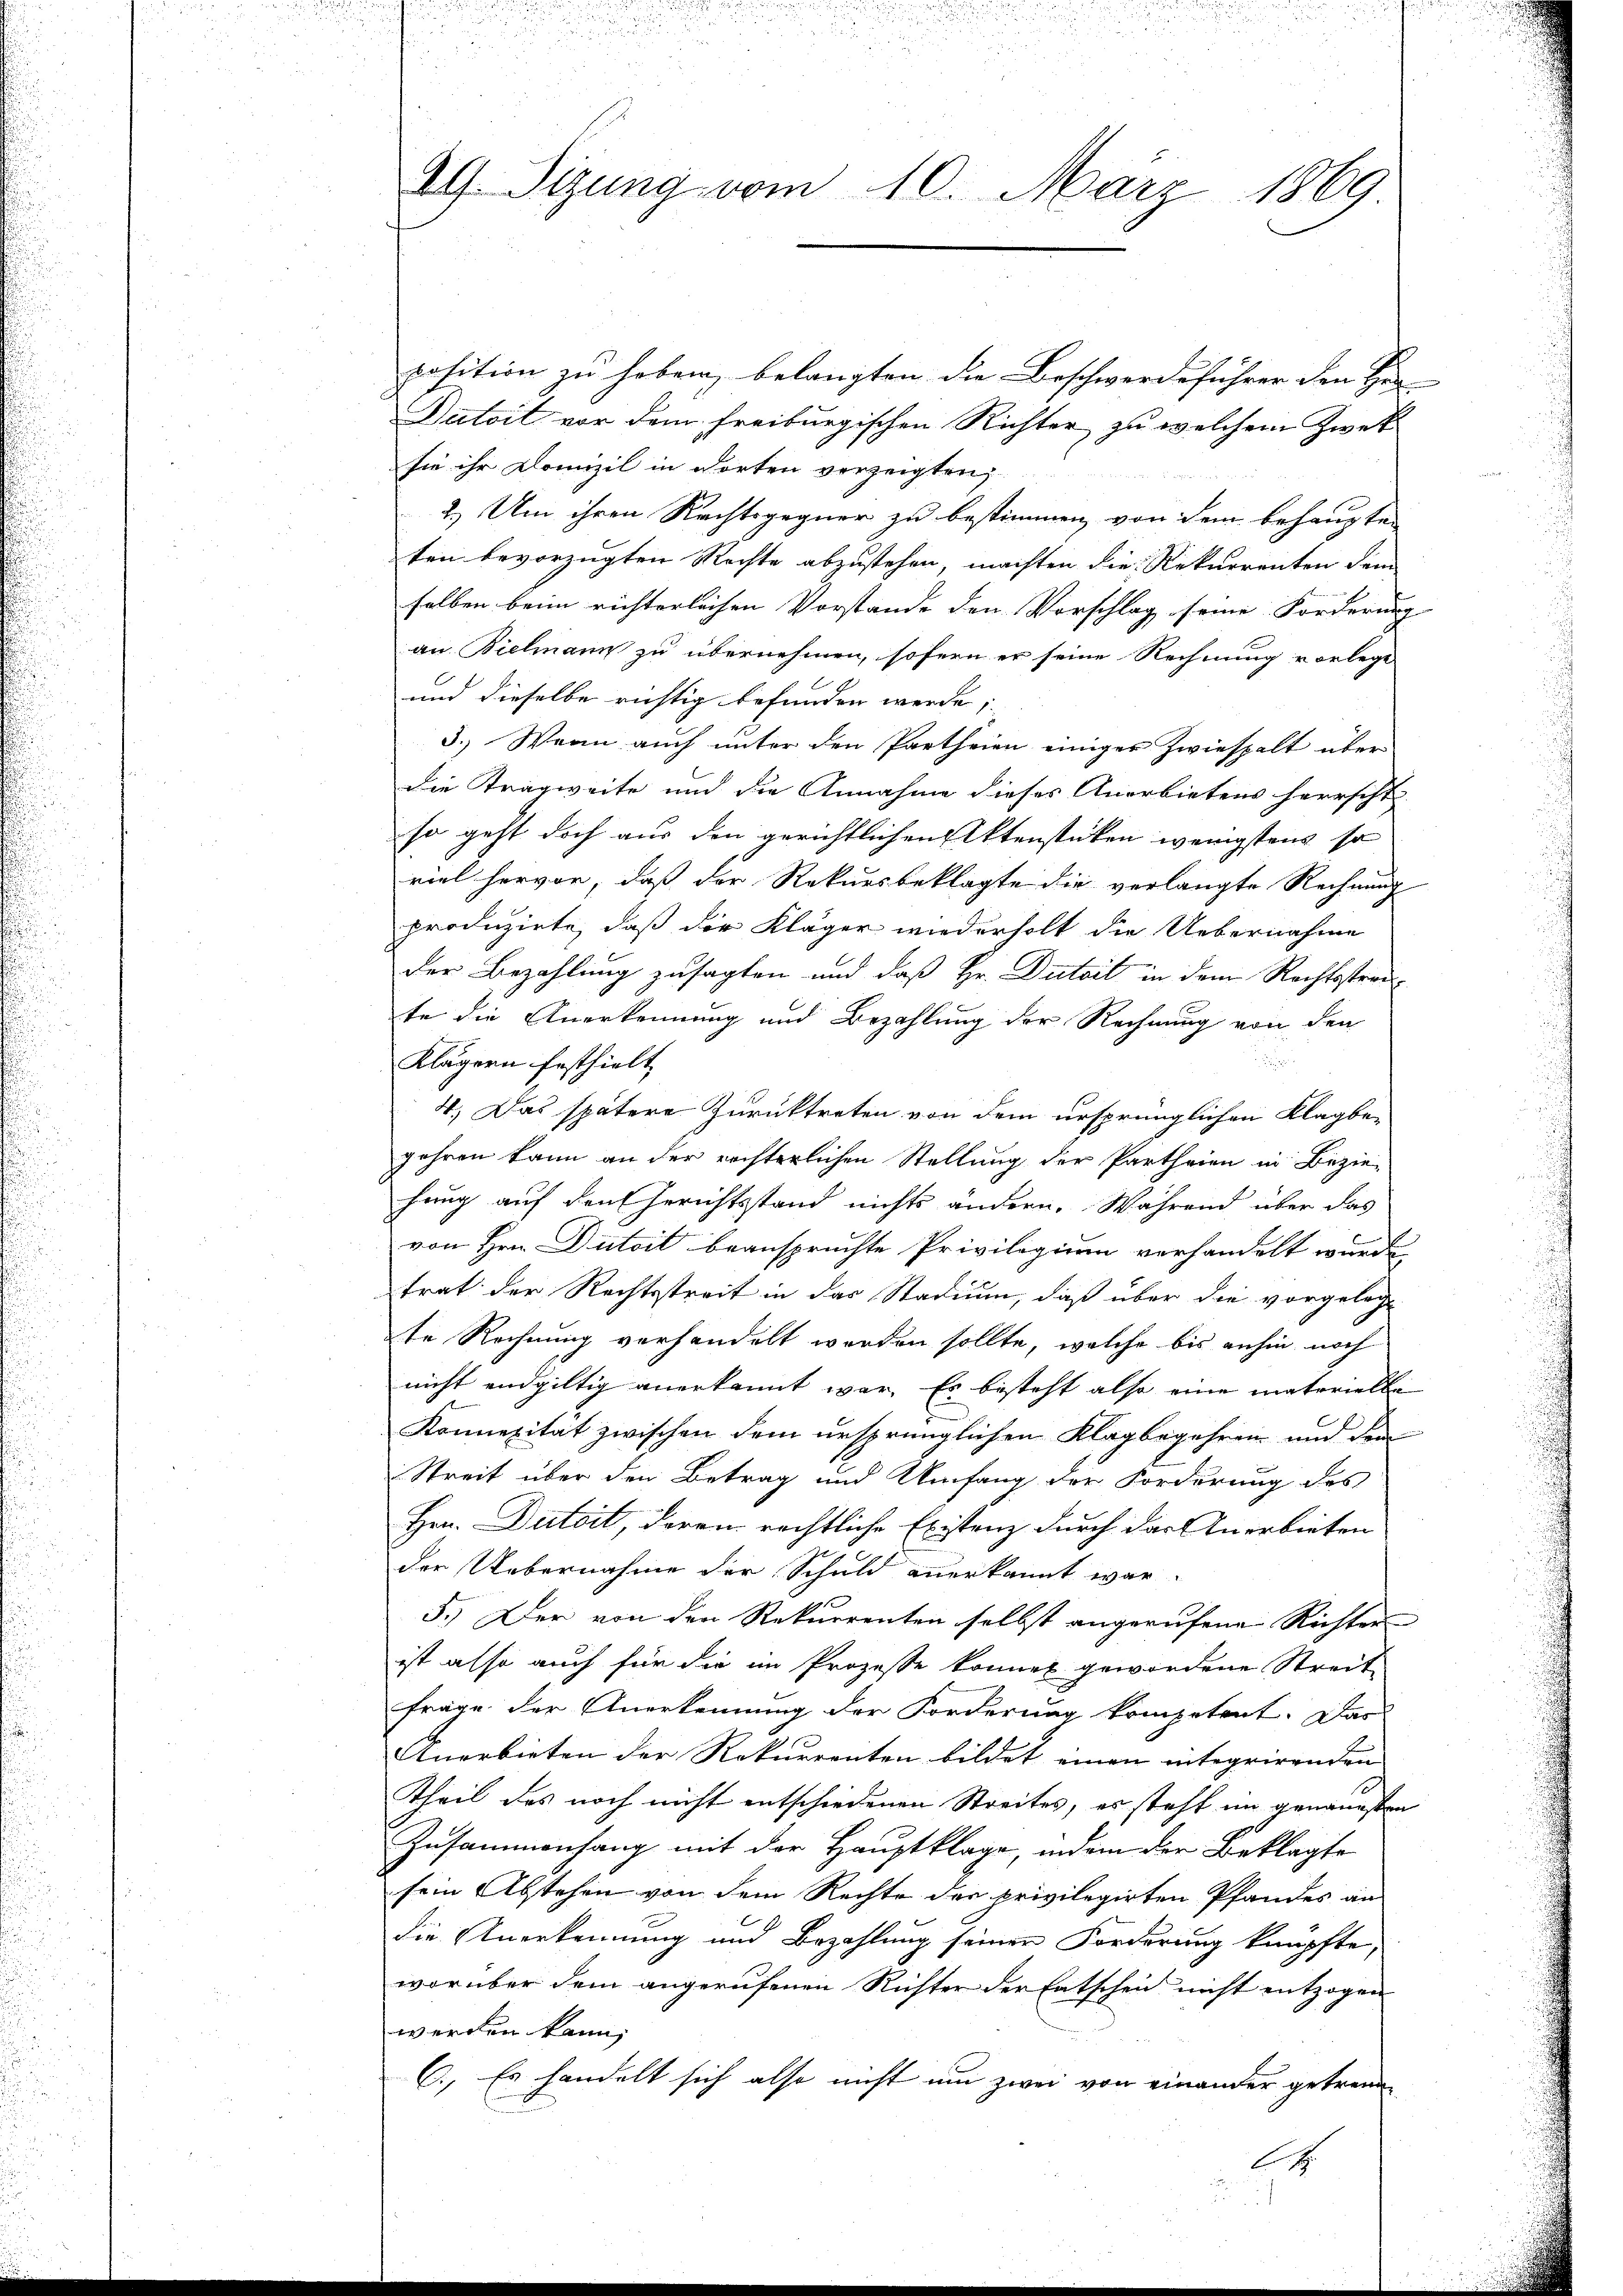
al. Sitzung vom 10. März 1869

position zu haben, belangten die Beschwerdeführer den Hrn
Datoit vor dem Freiburgischen Richter zu welchem Zweck
sie ihr Domizil in dorten vorzeigten,
2.) Um ihren Rechtsgegner zu bestimmen, von dem behaupte
ten bevorzugten Rechte abzustehen, machten die Rekurrenten dem
selben beim richterlichen Vorstande den Vorschlag seine Forderung
an Bielmann zu übernehmen, sofern er seine Rechnung vorlege
und dieselbe richtig befunden werde; |
3.) Wenn auch unter den Partheien einiger Zwiespalt über
die Tragweite und die Annahme dieses Anerbietens herrscht
so geht doch aus den gerichtlichen Aktenstücken wenigstens so
viel hervor, daß der Rekursbeklagte die verlangte Rechnung
produzirte, daß der Kläger wiederholt die Uebernahme
der Bezahlung zusagten und daß Hr. Dutait in dem Rechtsstreite die Anerkennung und Bezahlung der Rechnung von den
Klägern festhielt,
4.) Das spätere Zurücktreten von dem ursprünglichen Klagbe-
gehren kann an der rechterlichen Stellung der Partheien in Bezie-
hang auf den Gerichtsstand nichts ändern. Während über das
von Hrn. Dutoit beanspruchte Privilegium verhandelt wurde,
trat der Rechtsstreit in das Stadium, daß über die vorgelegt
te Rechnung verhandelt werden sollte, welche bis anhin noch
nicht endgültig anerkannt war. Es besteht also eine materielle
Konnensität zwischen dem ursprünglichen Klagbegehren und dem
Streit über den Betrag und Umfang der Forderung des
Hrn. Dütoit, daran rechtliche Existenz durch das Anerbieten
der Uebernahme der Schuld anerkannt war.
5.) Der von den Rekurrenten selbst angerufene Richter
ist also auch für die im Prozesse können gewordene Streit-
frage der Anerkennung der Forderung kompetent. Das
Anerbieten der Rekurrenten bildet einen integrirenden
Theil des noch nicht entschiedenen Streites, es steht im genauesten
Zusammenhang mit der Hauptklage, indem der Beklagte
sein Abstehen von dem Rechte der privilegirten Pfandes an
die Anerkennung und Bezahlung seiner Forderung knüpfte,
worüber dem angerufenen Richter der Entschein nicht entzogen
werden kann,
C. Es handelt sich also nicht um zwei von einander getreue
CH